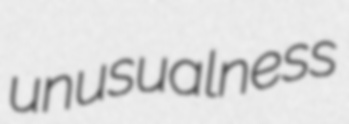
unusualness